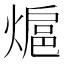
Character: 熩